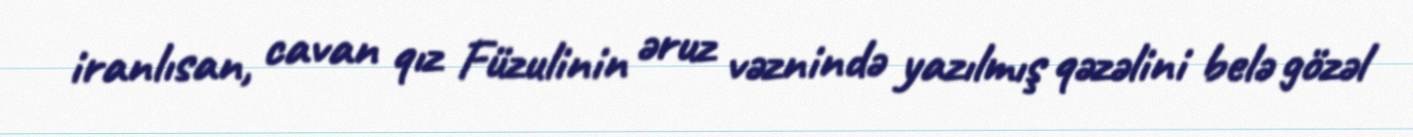
iranlısan, cavan qız Füzulinin əruz vəznində yazılmış qəzəlini belə gözəl